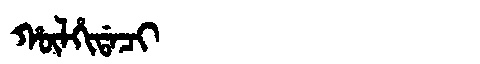
Manchu: ᡥᡡᠯᡥᡳᡩᠠᠴᡳ
Romanization: HŪLHIDACI